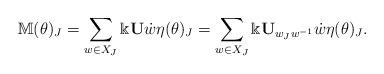
LaTeX: \begin{align*} \mathbb{M}(\theta)_J=\sum_{w\in X_J}\Bbbk{\bf U}\dot{w}\eta(\theta)_J=\sum_{w\in X_J}\Bbbk{\bf U}_{w_Jw^{-1}}\dot{w}\eta(\theta)_J.\end{align*}